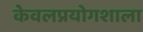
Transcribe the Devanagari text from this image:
केवलप्रयोगशाला